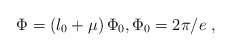
\begin{align*}\Phi =\left( l_{0}+\mu \right) \Phi _{0},\Phi _{0}=2\pi /e\;, \end{align*}